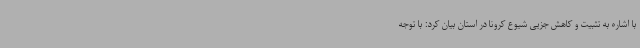
با اشاره به تثبیت و کاهش جزیی شیوع کرونا در استان بیان کرد: با توجه